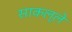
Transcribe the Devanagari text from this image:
साकल्ले